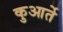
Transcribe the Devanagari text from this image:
कुआर्ते